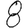
Digit: 8